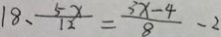
1 8 、 \frac { 5 x } { 1 2 } = \frac { 3 x - 4 } { 8 } - 2